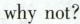
why not?